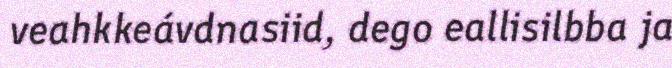
veahkkeávdnasiid, dego eallisilbba ja